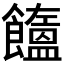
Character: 𩟤